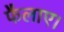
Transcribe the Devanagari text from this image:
फैलाए।